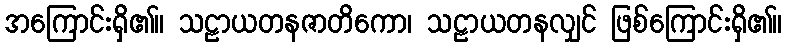
အကြောင်းရှိ၏။ သဠာယတနဇာတိကော၊ သဠာယတနလျှင် ဖြစ်ကြောင်းရှိ၏။